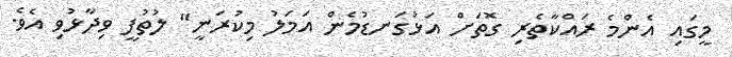
މީގައި އެންމެ ރައްކާތެރި ގޮތަށް އަޅުގަނޑުމެން އަމަލު މިކުރަނީ" ލުތުފީ ވިދާޅުވި އެވެ.